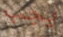
يجب